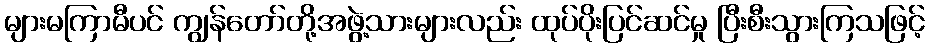
များမကြာမီပင် ကျွန်တော်တို့အဖွဲ့သားများလည်း ထုပ်ပိုးပြင်ဆင်မှု ပြီးစီးသွားကြသဖြင့်